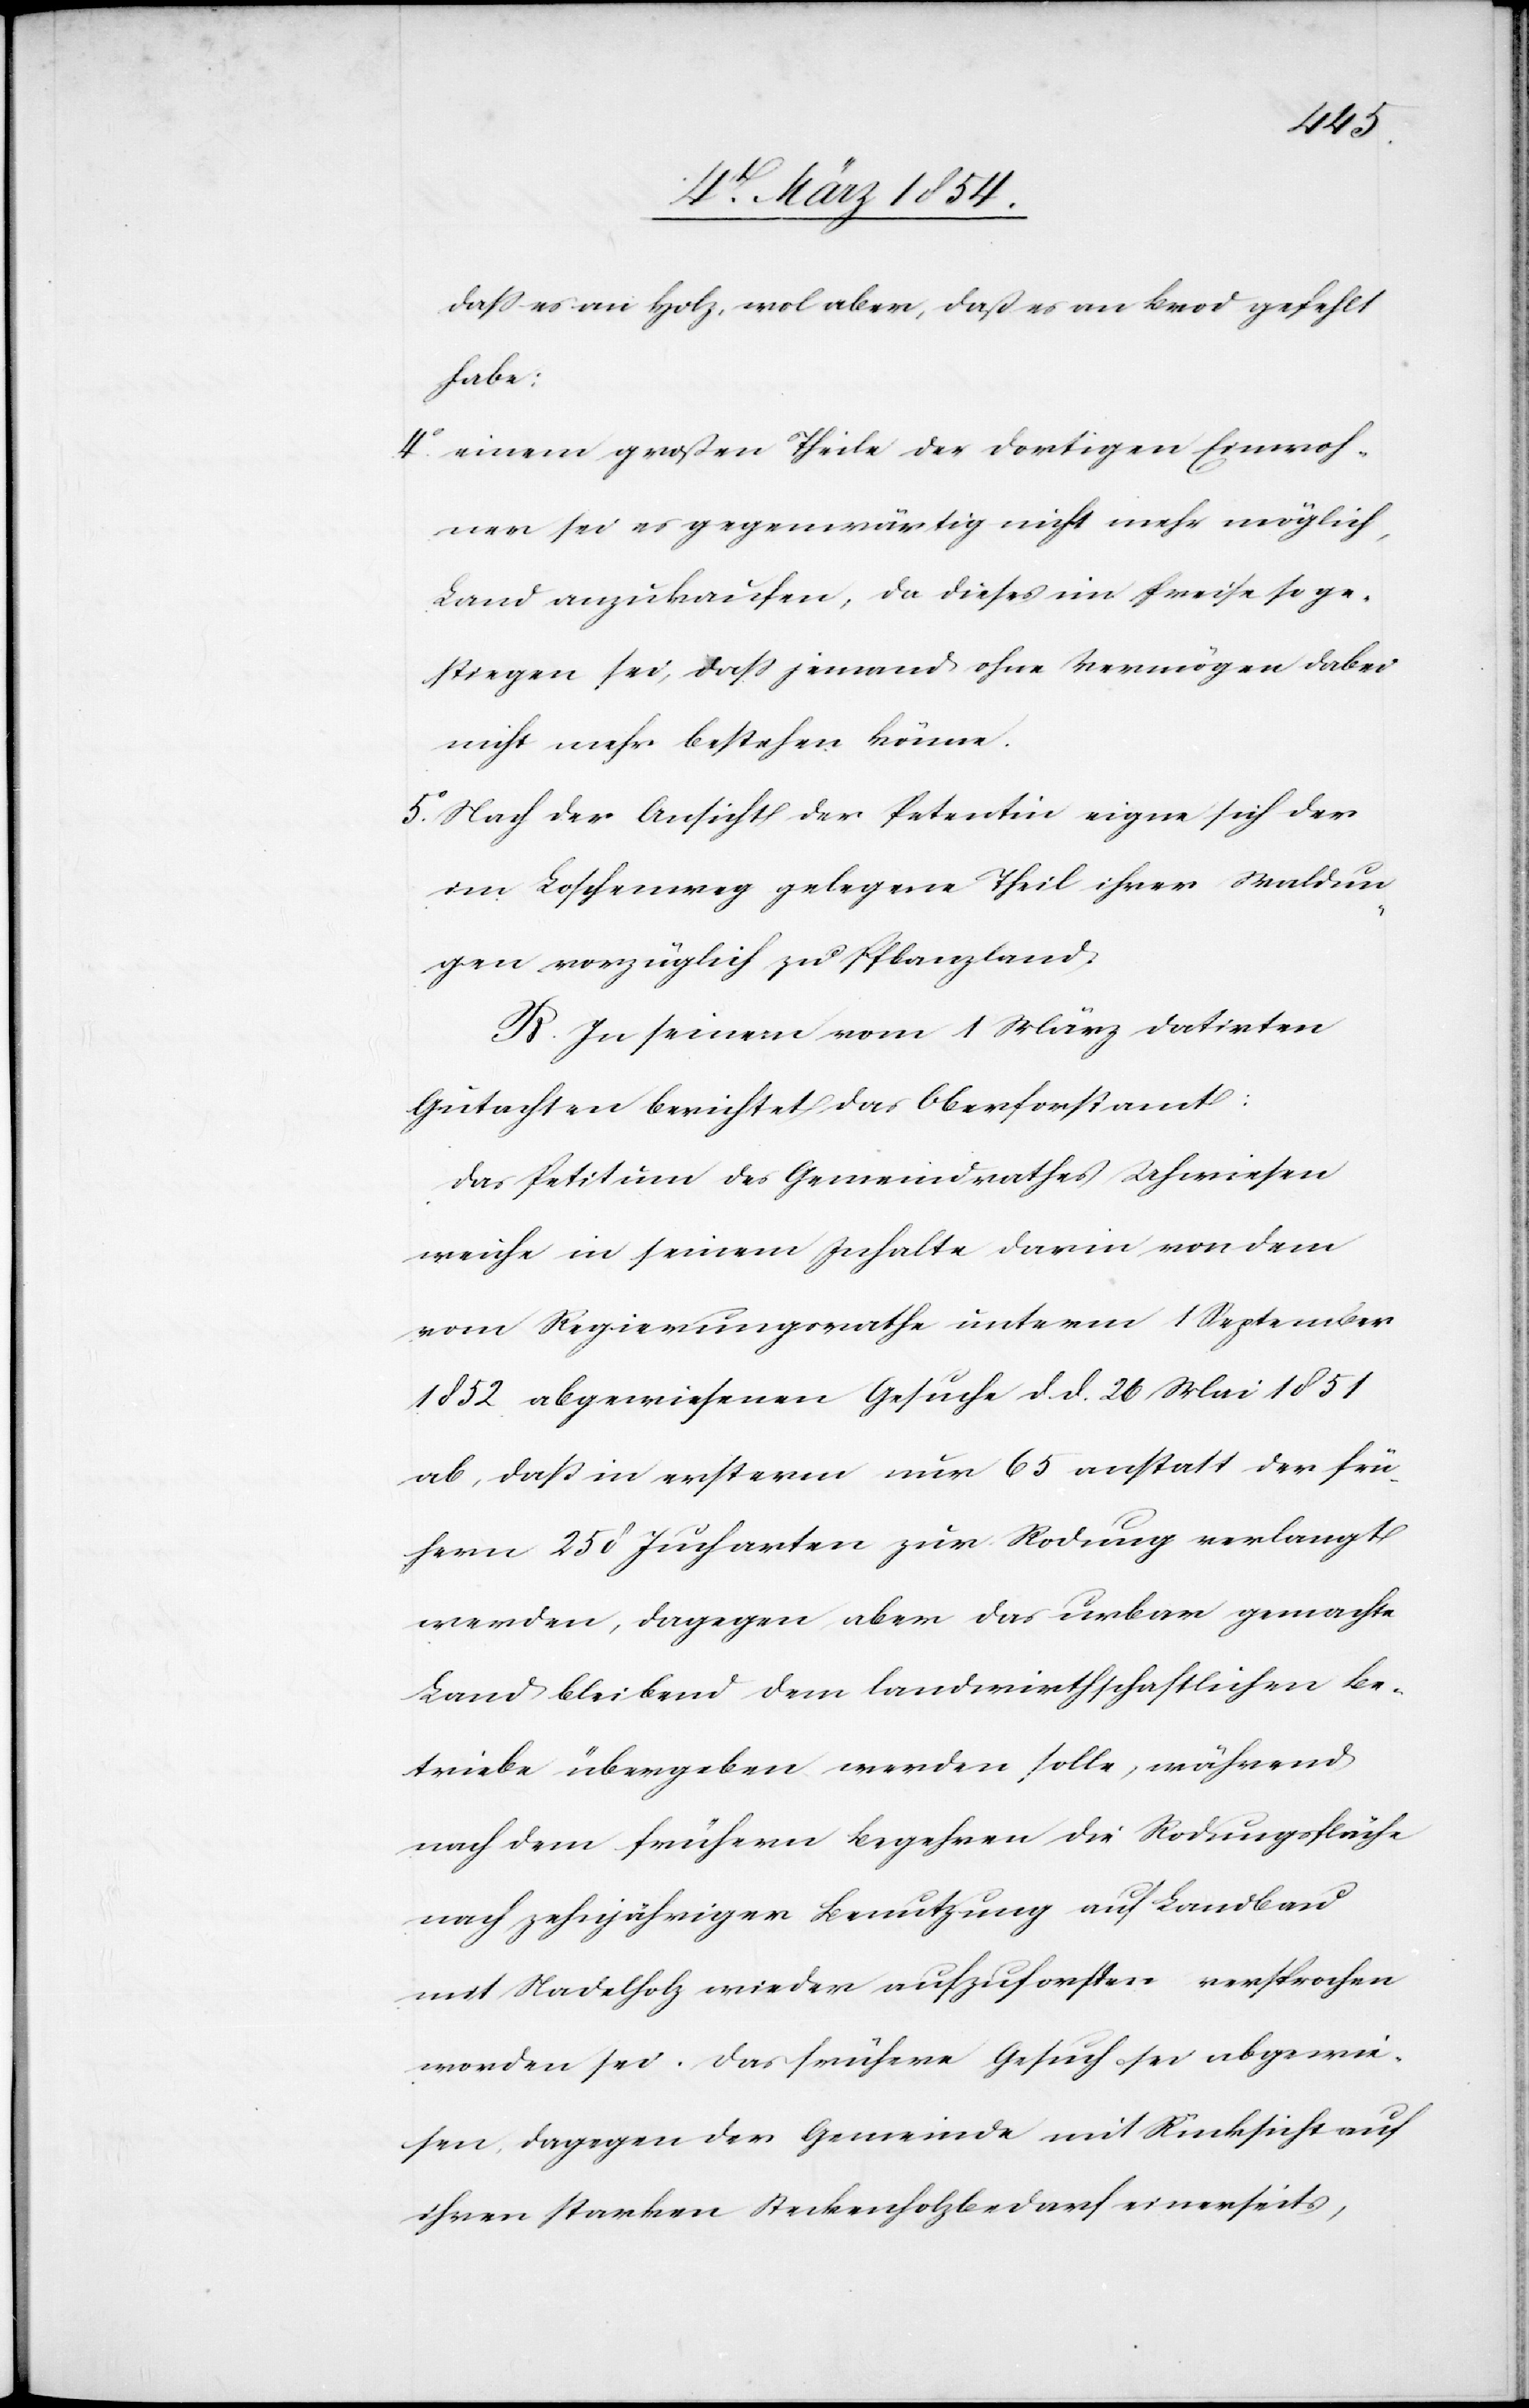
daß es an Holz, wol aber, daß es an Brod gefehlt
habe:
4o einem großen Theile der dortigen Einwoh¬
ner sei es gegenwärtig nicht mehr möglich,
Land anzukaufen, da dieses im Preise so ge¬
stiegen sei, daß jemand ohne Vermögen dabei
nicht mehr bestehen könne.
5o Nach der Ansicht der Petentin eigne sich der
im Loschenweg gelegene Theil ihrer Waldun¬
gen vorzüglich zu Pflanzland.
B. In seinem vom 1 März datirten
Gutachten berichtet das Oberforstamt:
Das Petitum des Gemeindrathes Uhwiesen
weiche in seinem Inhalte darin von dem
vom Regierungsrathe unterm 1 September
1852 abgewiesenen Gesuche d. d. 26 Mai 1851
ab, daß in ersterm nur 65 anstatt der frü¬
hern 250 Jucharten zur Rodung verlangt
werden, dagegen aber das urbar gemachte
Land bleibend dem landwirthschaftlichen Be¬
triebe übergeben werden solle, während
nach dem frühern Begehren die Rodungsfläche
nach zehnjähriger Benutzung auf Landbau
mit Nadelholz wieder aufzuforsten versprochen
worden sei. Das frühere Gesuch sei abgewie¬
sen, dagegen der Gemeinde mit Rücksicht auf
ihren starken Steckenholzbedarf einerseits,